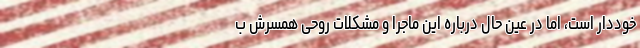
خوددار است، اما در عین حال درباره این ماجرا و مشکلات روحی همسرش ب